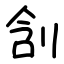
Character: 㓧